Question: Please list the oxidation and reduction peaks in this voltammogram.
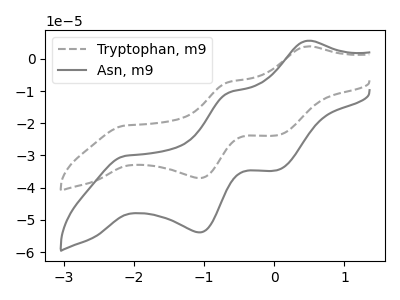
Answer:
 <answer>The gray dashed curve "Tryptophan, m9" has anodic peaks at (0.45V, 3.85uA) (-0.65V, -7.25uA) and cathodic peaks at (-2.10V, -20.70uA) (-1.05V, -37.00uA) (0.05V, -23.75uA). The gray curve "Asn, m9" has anodic peaks at (0.45V, 5.60uA) (-0.65V, -10.55uA) and cathodic peaks at (-2.10V, -30.10uA) (-1.05V, -53.85uA) (0.05V, -34.60uA).</answer>
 <eval></eval>